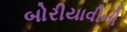
બોરીયાવીની